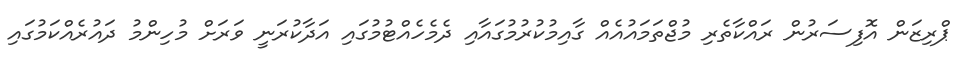
ޕްރިޒަން އޮފިސަރުން ރައްކާތެރި މުޖްތަމައުއެއް ގާއިމުކުރުމުގައާއި ދެމެހެއްޓުމުގައި އަދާކުރަނީ ވަރަށް މުހިންމު ދައުރެއްކަމުގައި